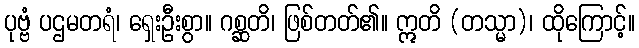
ပုဗ္ဗံ ပဌမတရံ၊ ရှေးဦးစွာ။ ဂစ္ဆတိ၊ ဖြစ်တတ်၏။ ဣတိ (တသ္မာ)၊ ထိုကြောင့်။